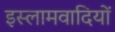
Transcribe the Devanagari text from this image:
इस्लामवादियों